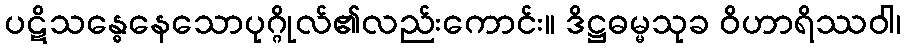
ပဋိသန္ဓေနေသောပုဂ္ဂိုလ်၏လည်းကောင်း။ ဒိဋ္ဌဓမ္မသုခ ဝိဟာရိဿဝါ၊